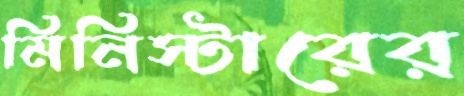
মিনিস্টারের